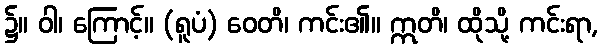
၌။ ဝါ၊ ကြောင့်။ (ရူပံ) ဝေတိ၊ ကင်း၏။ ဣတိ၊ ထိုသို့ ကင်းရာ,